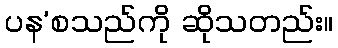
ပန’စသည်ကို ဆိုသတည်း။